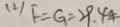
( 2 ) F = G = 2 9 . 4 4